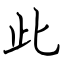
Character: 此